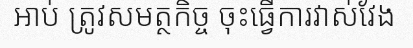
អាប់ ត្រូវសមត្ថកិច្ច ចុះធ្វើការវាស់វែង